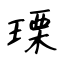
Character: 瑮